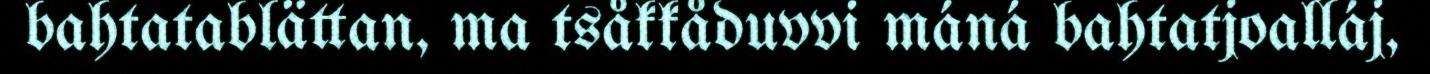
bahtatablättan, ma tsåkkåduvvi máná bahtatjoalláj,